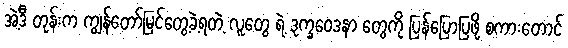
အဲ့ဒီ တုန်းက ကျွန်တော်မြင်တွေ့ခဲ့ရတဲ့ လူတွေ ရဲ့ ဒုက္ခဝေဒနာ တွေကို ပြန်ပြောပြဖို့ စကားတောင်